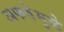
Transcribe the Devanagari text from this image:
अफवेमुळे